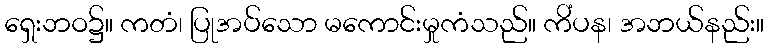
ရှေးဘဝ၌။ ကတံ၊ ပြုအပ်သော မကောင်းမှုကံသည်။ ကိံပန၊ အဘယ်နည်း။